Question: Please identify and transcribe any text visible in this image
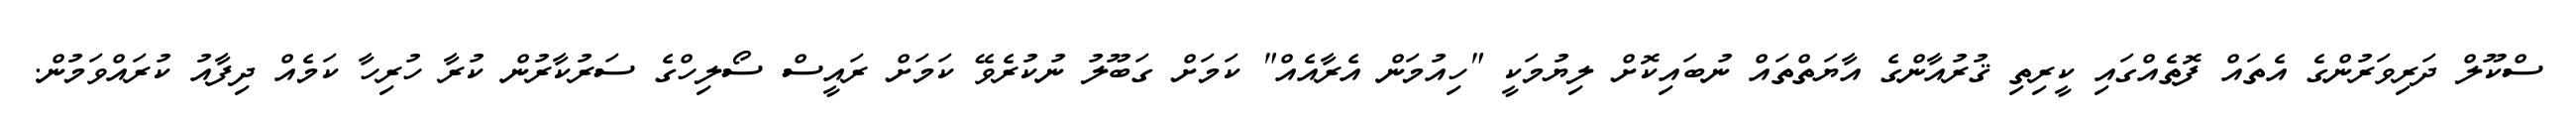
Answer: ސްކޫލް ދަރިވަރުންގެ އެތައް ފޮތެއްގައި ކީރިތި ޤުރުއާންގެ އާޔަތްތައް ނުބައިކޮށް ލިޔުމަކީ "ހިއުމަން އެރާއެއް" ކަމަށް ގަބޫލު ނުކުރެވޭ ކަމަށް ރައީސް ސޯލިހްގެ ސަރުކާރުން ކުރާ ހުރިހާ ކަމެއް ދިފާއު ކުރައްވަމުން.